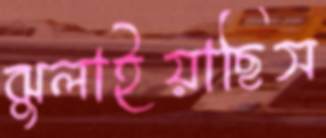
ঝুলাইয়াছিস